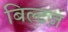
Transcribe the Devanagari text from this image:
बिल्टज़